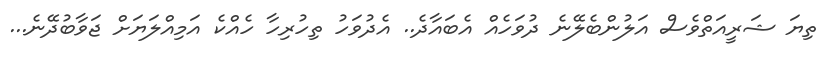
ތިޔަ ޝަރީއަތްވެސް އަލުންބެލޭނެ ދުވަހެއް އެބައާދެ.. އެދުވަހު ތިހުރިހާ ހެއްކެ އަމިއްލަޔަށް ޖަވާބުދޭނެ...